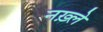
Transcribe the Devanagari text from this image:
नख़्ले